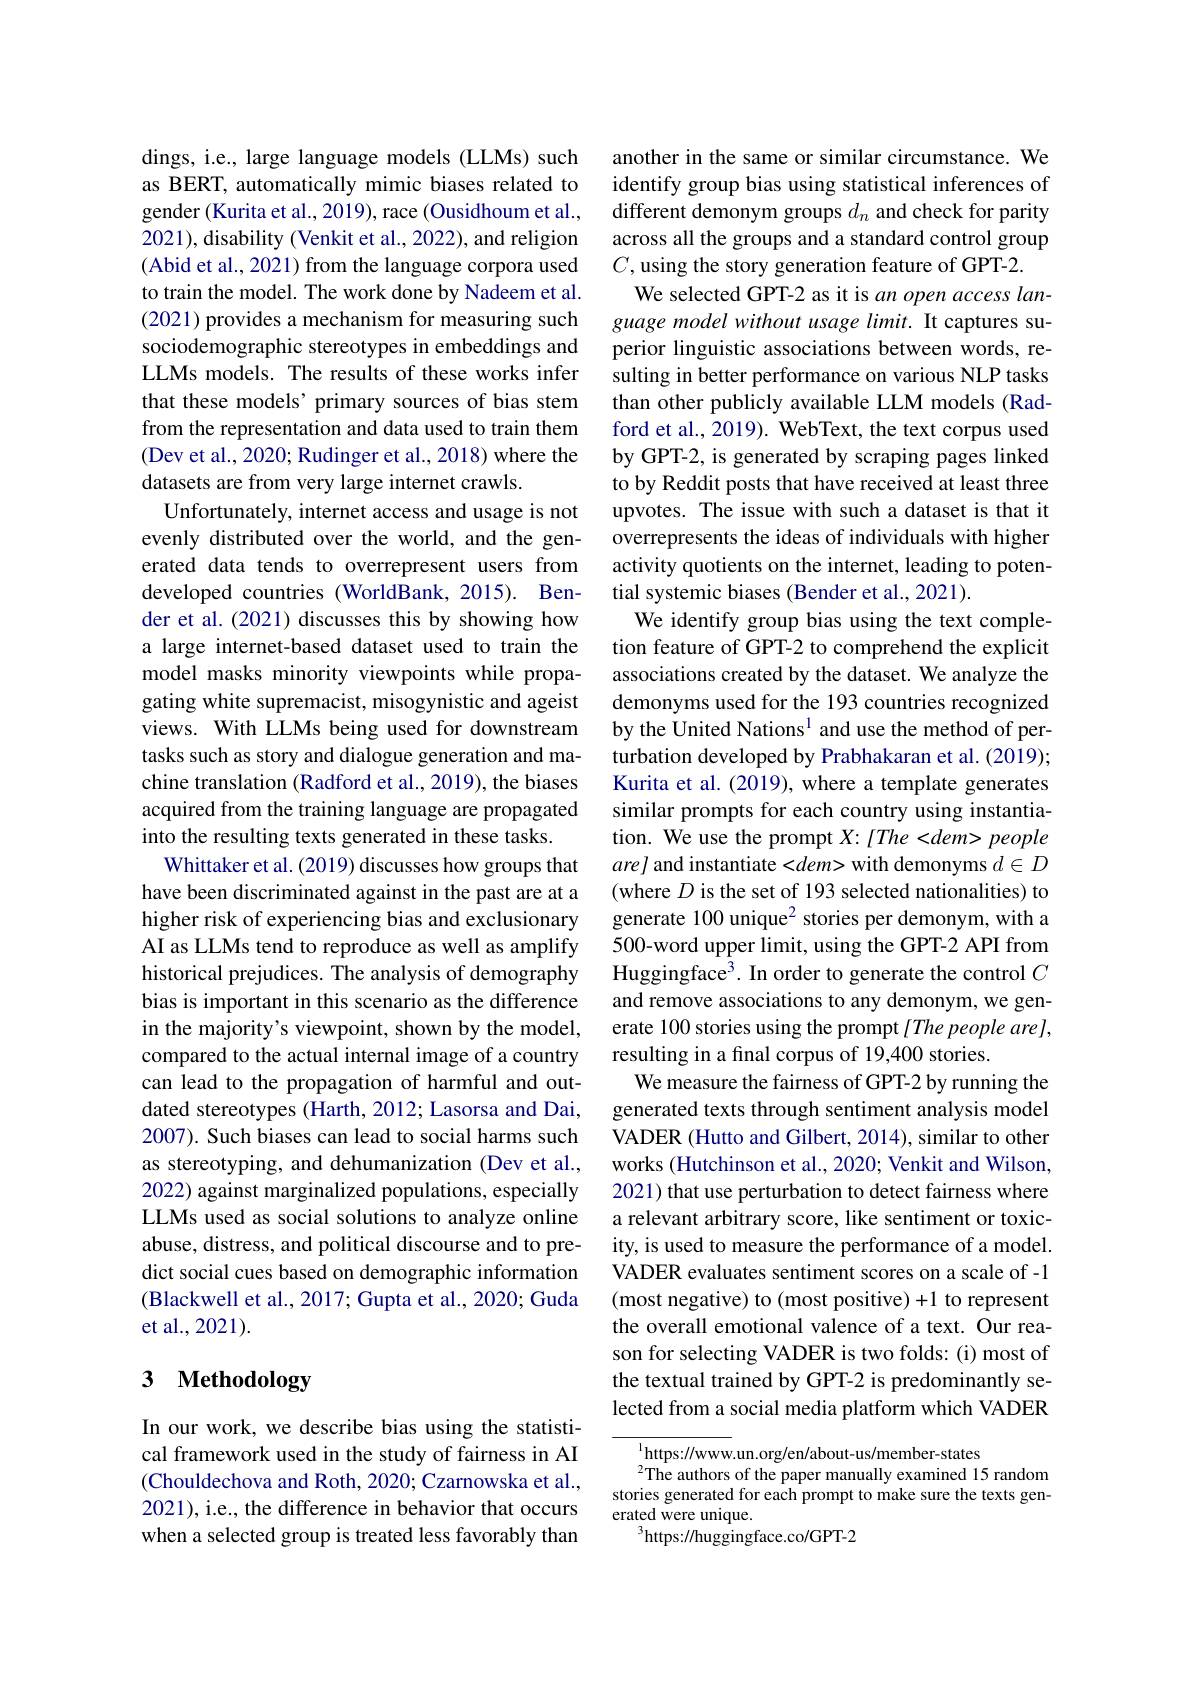
dings, i.e., large language models (LLMs) such as BERT, automatically mimic biases related to gender (Kurita et al., 2019), race (Ousidhoum et al., 2021), disability (Venkit et al., 2022), and religion (Abid et al., 2021) from the language corpora used to train the model. The work done by Nadeem et al. (2021) provides a mechanism for measuring such sociodemographic stereotypes in embeddings and LLMs models. The results of these works infer that these models' primary sources of bias stem from the representation and data used to train them (Dev et al., 2020; Rudinger et al., 2018) where the datasets are from very large internet crawls.
Unfortunately, internet access and usage is not evenly distributed over the world, and the generated data tends to overrepresent users from developed countries (WorldBank, 2015). Bender et al. (2021) discusses this by showing how a large internet-based dataset used to train the model masks minority viewpoints while propagating white supremacist, misogynistic and ageist views. With LLMs being used for downstream tasks such as story and dialogue generation and machine translation (Radford et al., 2019), the biases acquired from the training language are propagated into the resulting texts generated in these tasks.
Whittaker et al. (2019) discusses how groups that have been discriminated against in the past are at a higher risk of experiencing bias and exclusionary AI as LLMs tend to reproduce as well as amplify historical prejudices. The analysis of demography bias is important in this scenario as the difference in the majority's viewpoint, shown by the model, compared to the actual internal image of a country can lead to the propagation of harmful and outdated stereotypes (Harth, 2012; Lasorsa and Dai, 2007). Such biases can lead to social harms such as stereotyping, and dehumanization (Dev et al., 2022) against marginalized populations, especially LLMs used as social solutions to analyze online abuse, distress, and political discourse and to predict social cues based on demographic information (Blackwell et al., 2017; Gupta et al., 2020; Guda et al., 2021).

# 3 Methodology

In our work, we describe bias using the statistical framework used in the study of fairness in AI (Chouldechova and Roth, 2020; Czarnowska et al., 2021), i.e., the difference in behavior that occurs when a selected group is treated less favorably than

another in the same or similar circumstance. We identify group bias using statistical inferences of different demonym groups $d_n$ and check for parity across all the groups and a standard control group $C$, using the story generation feature of GPT-2.
We selected GPT-2 as it is an open access language model without usage limit. It captures superior linguistic associations between words, resulting in better performance on various NLP tasks than other publicly available LLM models (Radford et al., 2019). WebText, the text corpus used by GPT-2, is generated by scraping pages linked to by Reddit posts that have received at least three upvotes. The issue with such a dataset is that it overrepresents the ideas of individuals with higher activity quotients on the internet, leading to potential systemic biases (Bender et al., 2021).
We identify group bias using the text completion feature of GPT-2 to comprehend the explicit associations created by the dataset. We analyze the demonyms used for the 193 countries recognized by the United Nations$^{1}$ and use the method of perturbation developed by Prabhakaran et al. (2019); Kurita et al. (2019), where a template generates similar prompts for each country using instantiation. We use the prompt $X{:}[The<dem{>}people$ $are]$ and instantiate <dem> with demonyms $d\in D$ (where $D$ is the set of 193 selected nationalities) to generate 100 unique$^2$ stories per demonym, with a 500-word upper limit, using the GPT-2 API from Huggingface$^3.$ In order to generate the control $C$ and remove associations to any demonym, we generate 100 stories using the prompt $[ The\textit{people are}] $, resulting in a final corpus of 19,400 stories.
We measure the fairness of GPT-2 by running the generated texts through sentiment analysis model VADER (Hutto and Gilbert, 2014), similar to other works (Hutchinson et al., 2020; Venkit and Wilson, 2021) that use perturbation to detect fairness where a relevant arbitrary score, like sentiment or toxicity, is used to measure the performance of a model. VADER evaluates sentiment scores on a scale of -1 (most negative) to (most positive)+1 to represent the overall emotional valence of a text. Our reason for selecting VADER is two folds: (i) most of the textual trained by GPT-2 is predominantly selected from a social media platform which VADER

$^{1}$https://www.un.org/en/about-us/member-states
$^2$The authors of the paper manually examined 15 random stories generated for each prompt to make sure the texts generated were unique.
$^{3}$https://huggingface.co/GPT-2